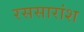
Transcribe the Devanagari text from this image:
रससारांश